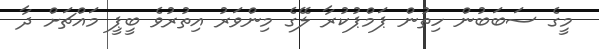
މީގެ ސަބަބުން ހިތުން ޕަމްޕުކުރާ ލޭގެ މިންވަރު އިތުރުވެ ބީޕީ މައްޗަށް ދާ